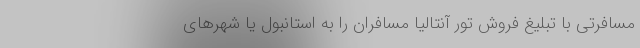
مسافرتی با تبلیغ فروش تور آنتالیا مسافران را به استانبول یا شهرهای